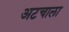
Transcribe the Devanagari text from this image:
अटचाला